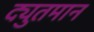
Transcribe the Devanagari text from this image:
द्युतमान